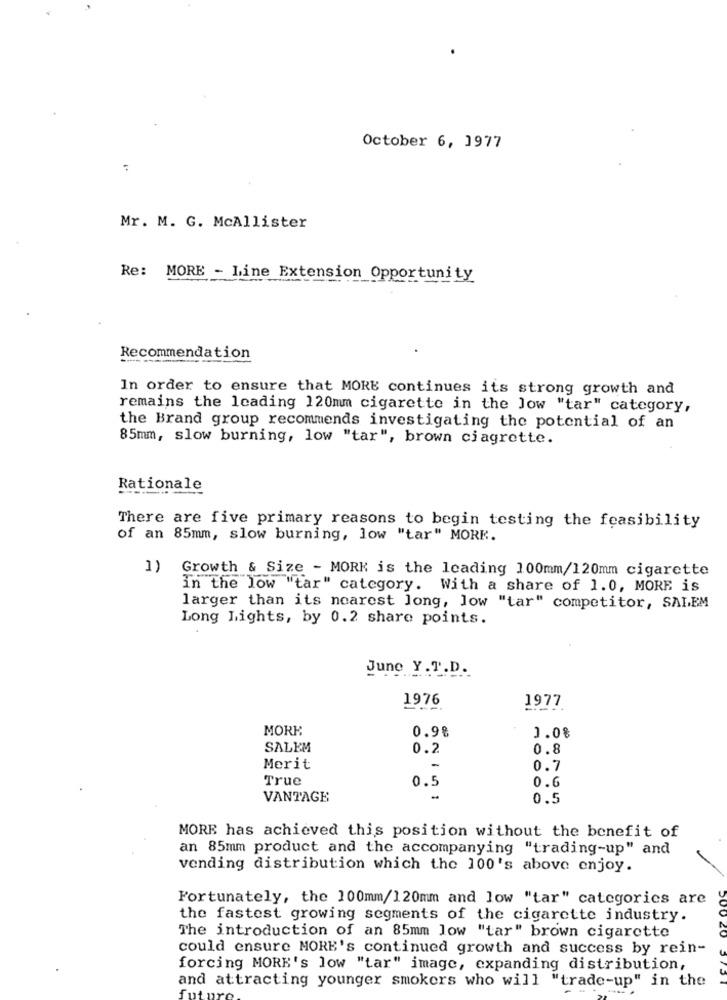
October 6, 1977
:
Mr. M. G. McAllister
Re: MORE - Line Extension Opportunity
Recommendation
In order to ensure that MORE continues its strong growth and
remains the leading 120mm cigarette in the low "tar" category,
the Brand group recommends investigating the potential of an
85mm, slow burning, low "tar", brown ciagrette.
Rationale
There are five primary reasons to begin testing the feasibility
of an 85mm, slow burning, low "tar" MORE.
1)
Growth & Size - MORK is the leading 100mm/120mm cigarette
in the low "tar" category. With a share of 1.0, MORE is
larger than its nearest long, low "tar" competitor, SALEM
Long Lights, by 0.2 share points.
June Y.T.D.
1976
1977
MORK
0.98
1.0%
SALEM
0.2
0.8
Merit
-
0.7
True
0.6
0.5
VANTAGE
0.5
MORE has achieved this position without the benefit of
an 85mm product and the accompanying "trading-up" and
vending distribution which the 100's above enjoy.
Fortunately, the 100mm/120mm and low "tar" categories are
the fastest growing segments of the cigarette industry.
The introduction of an 85mm low "tar" brown cigarette
could ensure MORE's continued growth and success by rein-
forcing MORE's low "tar" image, expanding distribution,
and attracting younger smokers who will "trade-up" in the